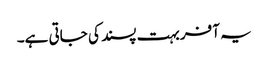
یہ آفر بہت پسند کی جاتی ہے۔